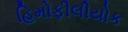
હિમોફીલીયોક